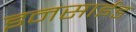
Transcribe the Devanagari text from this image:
इनसाईड